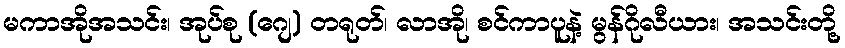
မကာအိုအသင်း၊ အုပ်စု (ဂျေ) တရုတ်၊ လာအို၊ စင်ကာပူနဲ့ မွန်ဂိုလီယား၊ အသင်းတို့